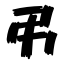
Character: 弔